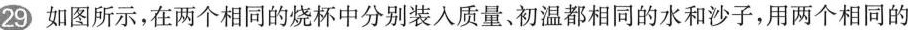
29 如图所示，在两个相同的烧杯中分别装入质量、初温都相同的水和沙子，用两个相同的